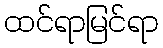
ထင်ရာမြင်ရာ